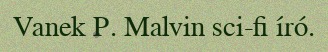
Vanek P. Malvin sci-fi író.